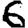
Digit: 6